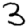
Digit: 3